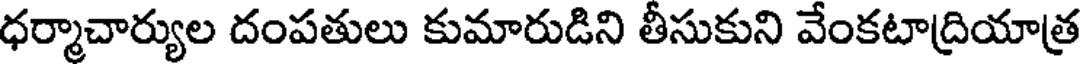
ధర్మాచార్యుల దంపతులు కుమారుడిని తీసుకుని వేంకటాద్రియాత్ర